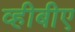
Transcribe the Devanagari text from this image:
व्हीबीए